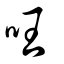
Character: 㕵